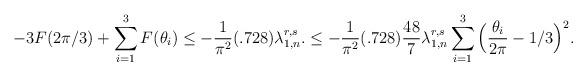
LaTeX: \begin{align*}-3F(2\pi/3)+\sum_{i=1}^{3}F(\theta_{i})\leq-\frac{1}{\pi^{2}}(.728)\lambda_{1,n}^{r,s}.\leq-\frac{1}{\pi^{2}}(.728)\frac{48}{7}\lambda_{1,n}^{r,s}\sum_{i=1}^{3}\Big(\frac{\theta_{i}}{2\pi}-1/3\Big)^{2}.\end{align*}